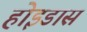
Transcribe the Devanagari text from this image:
होइडास